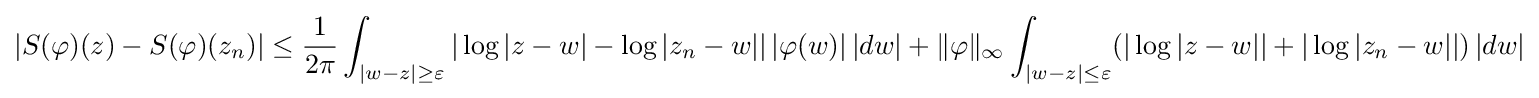
|S(\varphi )(z)-S(\varphi )(z_{n})|\leq {1 \over 2\pi }\int _{|w-z|\geq \varepsilon }|\log |z-w|-\log |z_{n}-w||\,|\varphi (w)|\,|dw|+\|\varphi \|_{\infty }\int _{|w-z|\leq \varepsilon }(|\log |z-w||+|\log |z_{n}-w||)\,|dw|